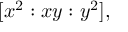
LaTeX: [ x ^ { 2 } : x y : y ^ { 2 } ] ,